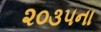
૨૦૩૫ના